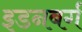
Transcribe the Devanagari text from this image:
इडनबर्ग